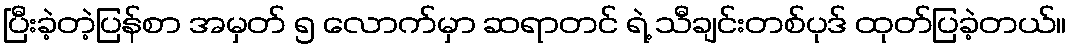
ပြီးခဲ့တဲ့ပြန်စာ အမှတ် ၅ လောက်မှာ ဆရာတင် ရဲ့ သီချင်းတစ်ပုဒ် ထုတ်ပြခဲ့တယ်။